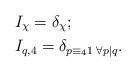
LaTeX: \begin{align*}& I_{\chi} = \delta_{\chi};\\& I_{q, 4} = \delta_{p\equiv_41\;\forall p\mid q}.\end{align*}